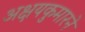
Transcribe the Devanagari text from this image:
अक्षयकुमारने